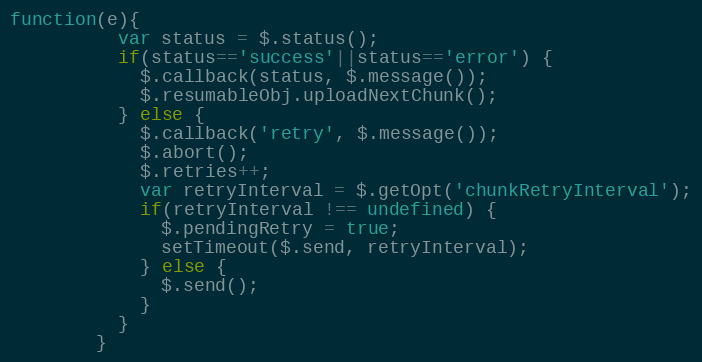
Language: JavaScript
function(e){
          var status = $.status();
          if(status=='success'||status=='error') {
            $.callback(status, $.message());
            $.resumableObj.uploadNextChunk();
          } else {
            $.callback('retry', $.message());
            $.abort();
            $.retries++;
            var retryInterval = $.getOpt('chunkRetryInterval');
            if(retryInterval !== undefined) {
              $.pendingRetry = true;
              setTimeout($.send, retryInterval);
            } else {
              $.send();
            }
          }
        }